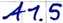
Text: A1.5